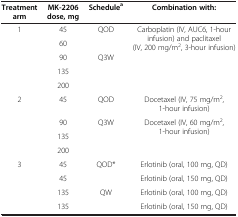
<table><thead><tr><td><b>Treatment arm</b></td><td><b>MK-2206 dose, mg</b></td><td><b>Schedule<sup>a</sup></b></td><td><b>Combination with:</b></td></tr></thead><tbody><tr><td rowspan="5">1</td><td>45</td><td rowspan="2">QOD</td><td rowspan="5">Carboplatin (IV, AUC6, 1-hour infusion) and paclitaxel (IV, 200 mg/m<sup>2</sup>, 3-hour infusion)</td></tr><tr><td>60</td></tr><tr><td>90</td><td rowspan="3">Q3W</td></tr><tr><td>135</td></tr><tr><td>200</td></tr><tr><td rowspan="4">2</td><td>45</td><td>QOD</td><td>Docetaxel (IV, 75 mg/m<sup>2</sup>, 1-hour infusion)</td></tr><tr><td>90</td><td rowspan="3">Q3W</td><td rowspan="3">Docetaxel (IV, 60 mg/m<sup>2</sup>, 1-hour infusion)</td></tr><tr><td>135</td></tr><tr><td>200</td></tr><tr><td rowspan="3">3</td><td>45</td><td rowspan="2">QOD*</td><td>Erlotinib (oral, 100 mg, QD)</td></tr><tr><td>45</td><td>Erlotinib (oral, 150 mg, QD)</td></tr><tr><td>135</td><td>QW</td><td>Erlotinib (oral, 100 mg, QD)</td></tr><tr><td> </td><td>135</td><td> </td><td>Erlotinib (oral, 150 mg, QD)</td></tr></tbody></table>